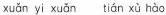
xuǎn yi xuǎn tián xǔ hào